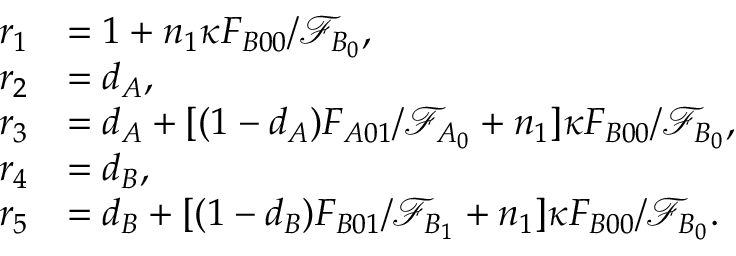
\begin{array} { r l } { r _ { 1 } } & { = 1 + n _ { 1 } \kappa F _ { B 0 0 } / \mathcal { F } _ { B _ { 0 } } , } \\ { r _ { 2 } } & { = d _ { A } , } \\ { r _ { 3 } } & { = d _ { A } + [ ( 1 - d _ { A } ) F _ { A 0 1 } / \mathcal { F } _ { A _ { 0 } } + n _ { 1 } ] \kappa F _ { B 0 0 } / \mathcal { F } _ { B _ { 0 } } , } \\ { r _ { 4 } } & { = d _ { B } , } \\ { r _ { 5 } } & { = d _ { B } + [ ( 1 - d _ { B } ) F _ { B 0 1 } / \mathcal { F } _ { B _ { 1 } } + n _ { 1 } ] \kappa F _ { B 0 0 } / \mathcal { F } _ { B _ { 0 } } . } \end{array}